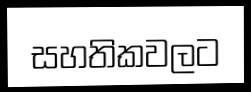
සහතිකවලට